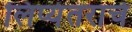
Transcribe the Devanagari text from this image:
लिप्यंतराचे